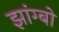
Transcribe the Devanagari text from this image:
झांग्बो